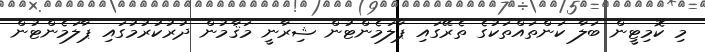
މި ކޮމިޓީން ބަލާ ކަންތައްތަކުގެ ތެރޭގައި ޕާލަމެންޓުން ޝިރާނީ މަޤާމުން ދުރުކުރުމުގައި ޕާލަމެންޓުން